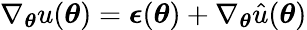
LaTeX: \nabla_{\boldsymbol{\theta}}u(\boldsymbol{\theta})=\boldsymbol{\epsilon}(\boldsymbol{\theta})+\nabla_{\boldsymbol{\theta}}\hat{u}(\boldsymbol{\theta})